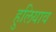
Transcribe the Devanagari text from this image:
हुलियाव